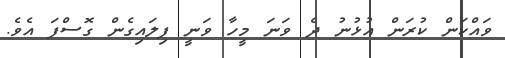
ވައްކަން ކުރަން އުޅުނު ދެ ވަނަ މީހާ ވަނީ ފިލައިގެން ގޮސްފަ އެވެ.